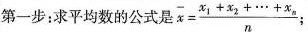
第一步：求平均数的公式 $$\overline { x } = \frac { x _ { 1 } + x _ { 2 } + \cdots + x _ { n } } { n }$$；